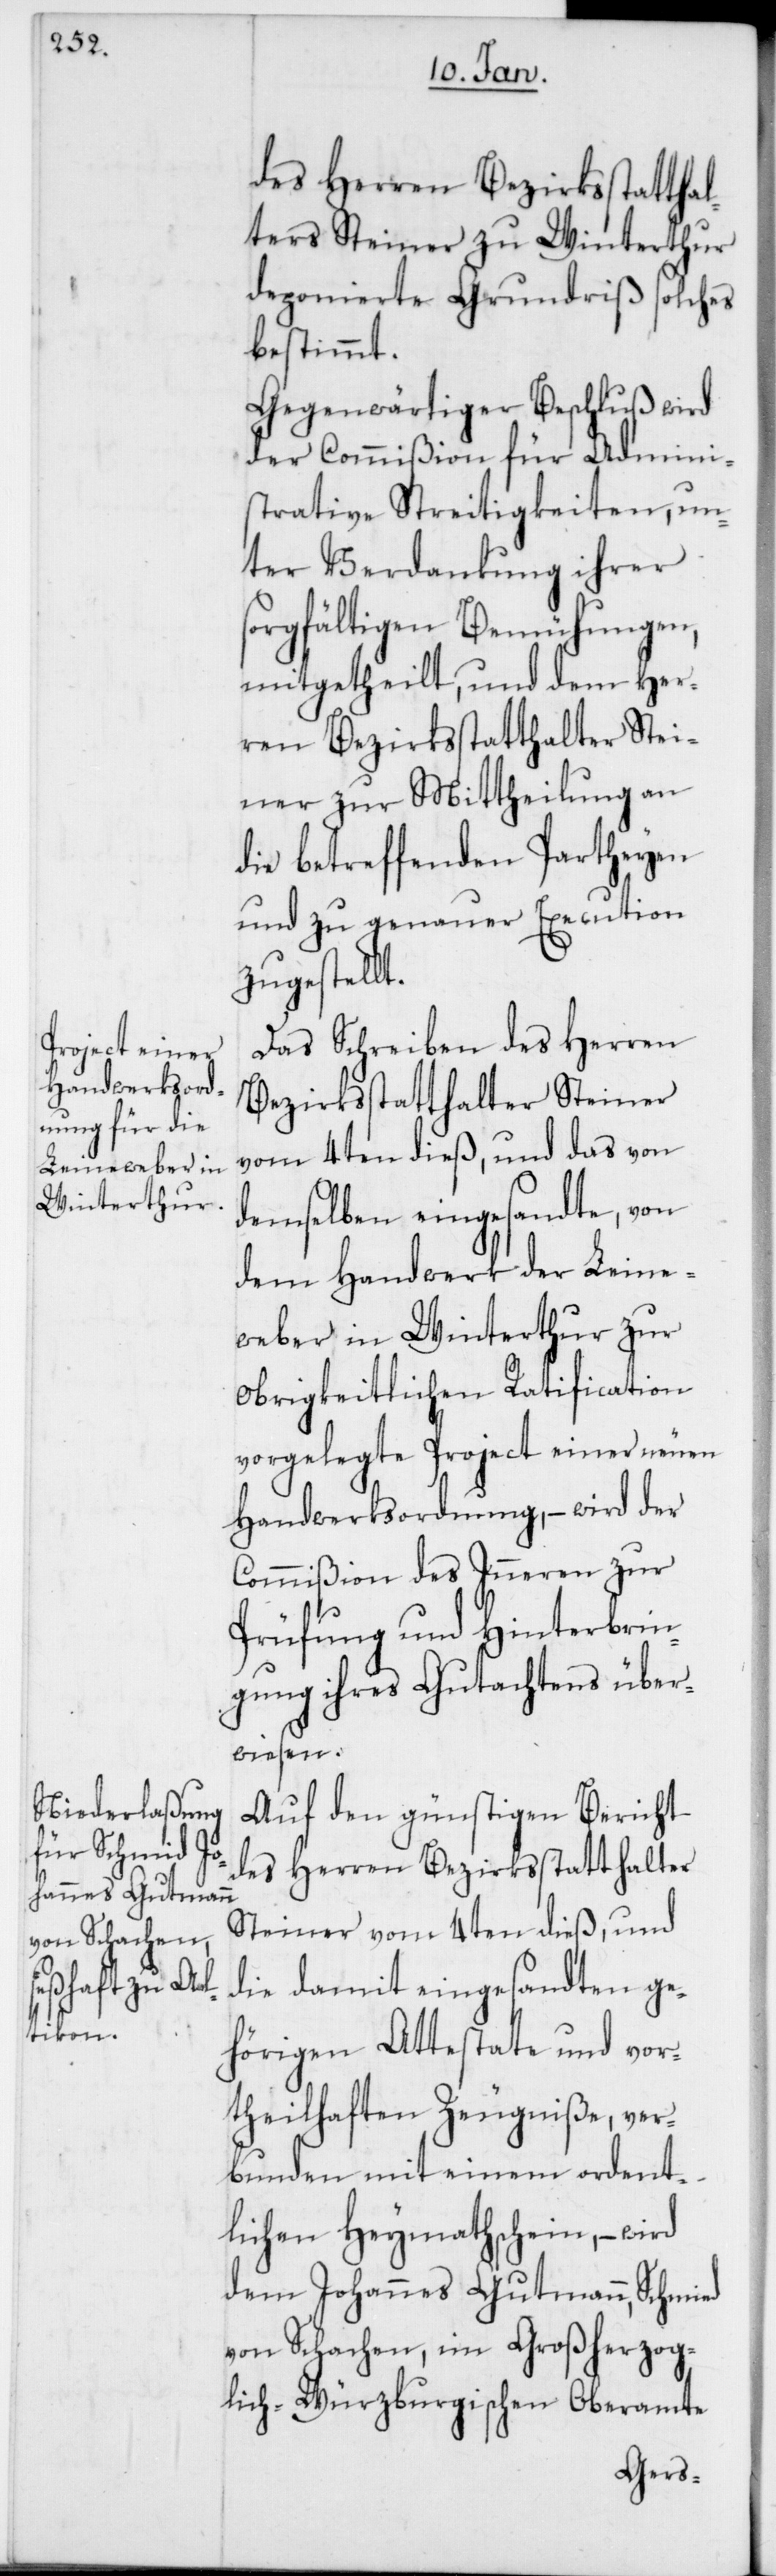
des Herren Bezirksstatthal¬
ters Steiner zu Winterthur
deponierte Grundriß solches
bestimmt.
Gegenwärtiger Beschluß wird
der Commißion für Admini¬
strative Streitigkeiten, un¬
ter Verdankung ihrer s¬
orgfältigen Bemühungen,
mitgetheilt, und dem Her¬
ren Bezirksstatthalter Stei¬
ner zur Mittheilung an
die betreffenden Partheyen
und zu genauer Execution
zugestellt.
Das Schreiben des Herren
Bezirksstatthalter Steiner
vom 4ten dieß, und das von
demselben eingesandte, von
dem Handwerk der Leine¬
weber in Winterthur zur
obrigkeitlichen Ratification
vorgelegte Project einer neuen
Handwerksordnung, – wird der
Commißion des Inneren zur
Prüfung und Hinterbrin¬
gung ihres Gutachtens über¬
wiesen.
Auf den günstigen Bericht
des Herren Bezirksstatthalter
Steiner vom 4ten dieß, und
die damit eingesandten ge¬
hörigen Attestate und vor¬
theilhaften Zeugniße, ver¬
bunden mit einem ordent¬
lichen Heymathschein, – wird
dem Johannes Gutmann, Schmied
von Schachen im Großherzog¬
lich-Würzburgischen Oberamte